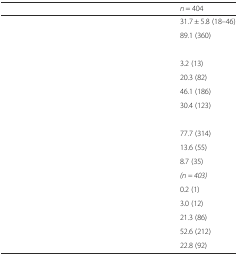
<table><thead><tr><td>[EMPTY_CELL]</td><td><b><i>n</i> = 404</b></td></tr></thead><tbody><tr><td>[EMPTY_CELL]</td><td>31.7 ± 5.8 (18–46)</td></tr><tr><td>[EMPTY_CELL]</td><td>89.1 (360)</td></tr><tr><td>[EMPTY_CELL]</td><td>[EMPTY_CELL]</td></tr><tr><td>[EMPTY_CELL]</td><td>3.2 (13)</td></tr><tr><td>[EMPTY_CELL]</td><td>20.3 (82)</td></tr><tr><td>[EMPTY_CELL]</td><td>46.1 (186)</td></tr><tr><td>[EMPTY_CELL]</td><td>30.4 (123)</td></tr><tr><td>[EMPTY_CELL]</td><td>[EMPTY_CELL]</td></tr><tr><td>[EMPTY_CELL]</td><td>77.7 (314)</td></tr><tr><td>[EMPTY_CELL]</td><td>13.6 (55)</td></tr><tr><td>[EMPTY_CELL]</td><td>8.7 (35)</td></tr><tr><td>[EMPTY_CELL]</td><td><i>(n = 403)</i></td></tr><tr><td>[EMPTY_CELL]</td><td>0.2 (1)</td></tr><tr><td>[EMPTY_CELL]</td><td>3.0 (12)</td></tr><tr><td>[EMPTY_CELL]</td><td>21.3 (86)</td></tr><tr><td>[EMPTY_CELL]</td><td>52.6 (212)</td></tr><tr><td>[EMPTY_CELL]</td><td>22.8 (92)</td></tr></tbody></table>